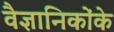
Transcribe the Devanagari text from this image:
वैज्ञानिकोंके